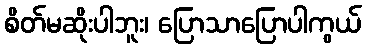
စိတ်မဆိုးပါဘူး၊ ပြောသာပြောပါကွယ်